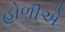
હોળીએ